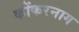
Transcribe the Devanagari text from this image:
कोंकरनाग